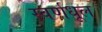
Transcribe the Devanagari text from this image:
स्वर्णधूल